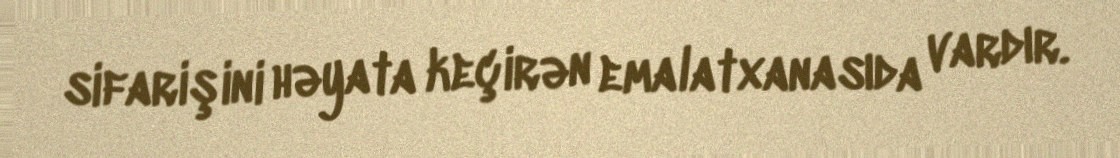
sifarişini həyata keçirən emalatxanasıda vardır.